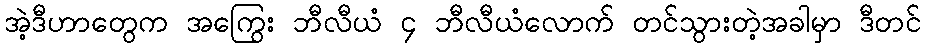
အဲ့ဒီဟာတွေက အကြွေး ဘီလီယံ ၄ ဘီလီယံလောက် တင်သွားတဲ့အခါမှာ ဒီတင်